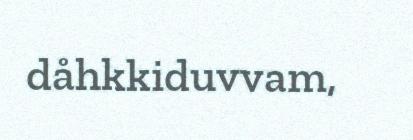
dåhkkiduvvam,